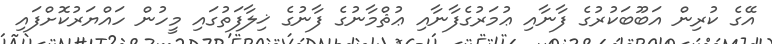
އޭގެ ކުރިން އަބޫބަކުރުގެ ފާނާއި ޢުމަރުގެފާނާއި ޢުޘްމާނުގެ ފާނުގެ ޚިލާފަތުގައި މީހުން ހައްޔަރުކޮށްފައި